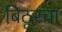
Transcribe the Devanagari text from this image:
बिठूरचा